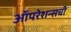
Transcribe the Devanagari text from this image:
ऑपरेशन्सची